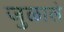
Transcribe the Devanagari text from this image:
जुळाले